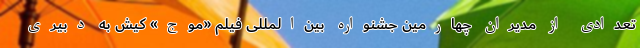
تعدادی از مدیران چهارمین جشنواره بین‌المللی فیلم «موج» کیش به دبیری